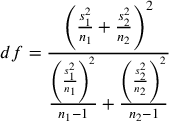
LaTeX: d f = { \frac { \left( { \frac { s _ { 1 } ^ { 2 } } { n _ { 1 } } } + { \frac { s _ { 2 } ^ { 2 } } { n _ { 2 } } } \right) ^ { 2 } } { { \frac { \left( { \frac { s _ { 1 } ^ { 2 } } { n _ { 1 } } } \right) ^ { 2 } } { n _ { 1 } - 1 } } + { \frac { \left( { \frac { s _ { 2 } ^ { 2 } } { n _ { 2 } } } \right) ^ { 2 } } { n _ { 2 } - 1 } } } }